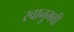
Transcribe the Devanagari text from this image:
स्वानुभवी